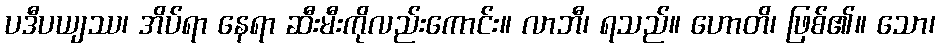
ပဒီပယျဿ၊ အိပ်ရာ နေရာ ဆီးမီးကိုလည်းကောင်း။ လာဘီ၊ ရသည်။ ဟောတိ၊ ဖြစ်၏။ သော၊